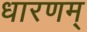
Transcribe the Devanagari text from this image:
धारणम्